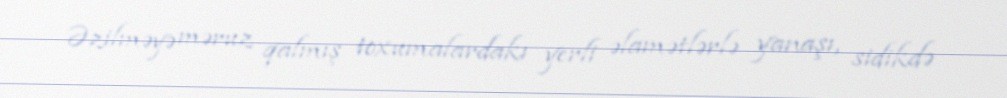
Əzilməyə məruz qalmış toxumalardakı yerli əlamətlərlə yanaşı, sidikdə